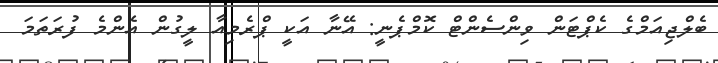
ބެލްޖިއަމްގެ ކެޕްޓަން ވިންސެންޓް ކޮމްޕެނީ: އޭނާ އަކީ ޕްރެމިއާ ލީގުން އެންމެ ފުރަތަމަ